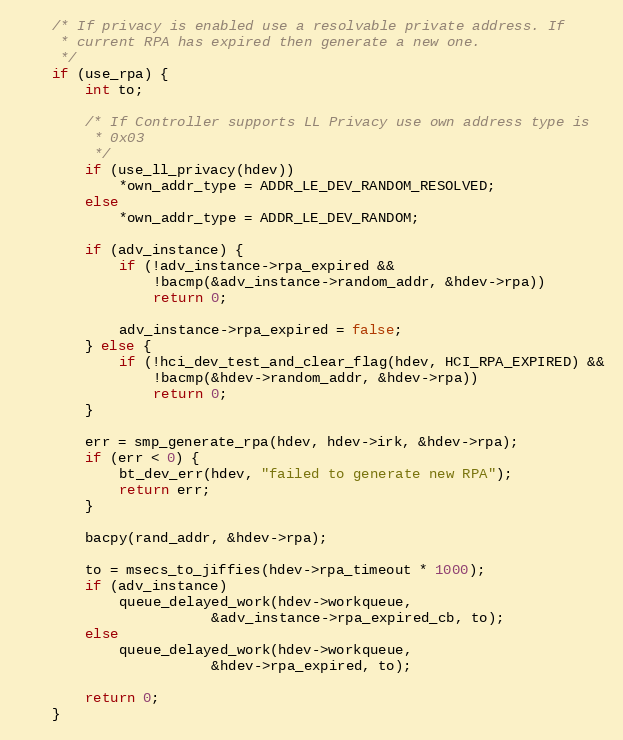
Language: C
	/* If privacy is enabled use a resolvable private address. If
	 * current RPA has expired then generate a new one.
	 */
	if (use_rpa) {
		int to;

		/* If Controller supports LL Privacy use own address type is
		 * 0x03
		 */
		if (use_ll_privacy(hdev))
			*own_addr_type = ADDR_LE_DEV_RANDOM_RESOLVED;
		else
			*own_addr_type = ADDR_LE_DEV_RANDOM;

		if (adv_instance) {
			if (!adv_instance->rpa_expired &&
			    !bacmp(&adv_instance->random_addr, &hdev->rpa))
				return 0;

			adv_instance->rpa_expired = false;
		} else {
			if (!hci_dev_test_and_clear_flag(hdev, HCI_RPA_EXPIRED) &&
			    !bacmp(&hdev->random_addr, &hdev->rpa))
				return 0;
		}

		err = smp_generate_rpa(hdev, hdev->irk, &hdev->rpa);
		if (err < 0) {
			bt_dev_err(hdev, "failed to generate new RPA");
			return err;
		}

		bacpy(rand_addr, &hdev->rpa);

		to = msecs_to_jiffies(hdev->rpa_timeout * 1000);
		if (adv_instance)
			queue_delayed_work(hdev->workqueue,
					   &adv_instance->rpa_expired_cb, to);
		else
			queue_delayed_work(hdev->workqueue,
					   &hdev->rpa_expired, to);

		return 0;
	}